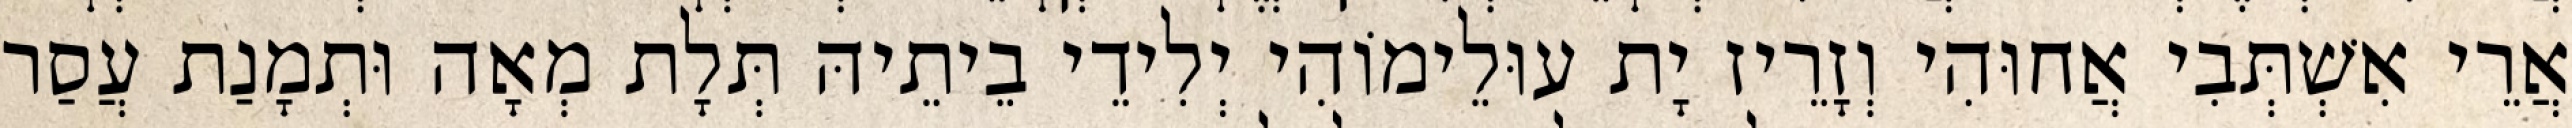
אֲרֵי אִשְׁתְּבִי אֲחוּהִי וְזָרֵיז יָת עוּלֵימוֹהִי יְלִידֵי בֵיתֵיהּ תְּלָת מְאָה וּתְמָנַת עֲסַר